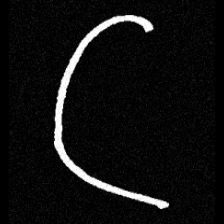
Pyu character \u2014 Myanmar letter: ဋ (romanized: tta)